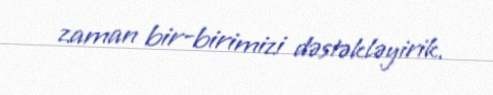
zaman bir-birimizi dəstəkləyirik.